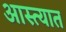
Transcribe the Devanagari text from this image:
आस्त्यात